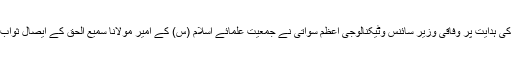
اجلاس میں چیئرمین سینیٹ کی ہدایت پر وفاقی وزیر سائنس وٹیکنالوجی اعظم سواتی نے جمعیت علمائے اسلام (س) کے امیر مولانا سمیع الحق کے ایصال ثواب کیلئے فاتحہ خوانی کرائی ۔